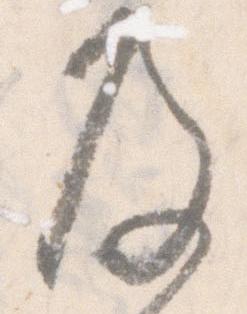
及